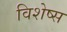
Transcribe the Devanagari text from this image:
विशेष्स